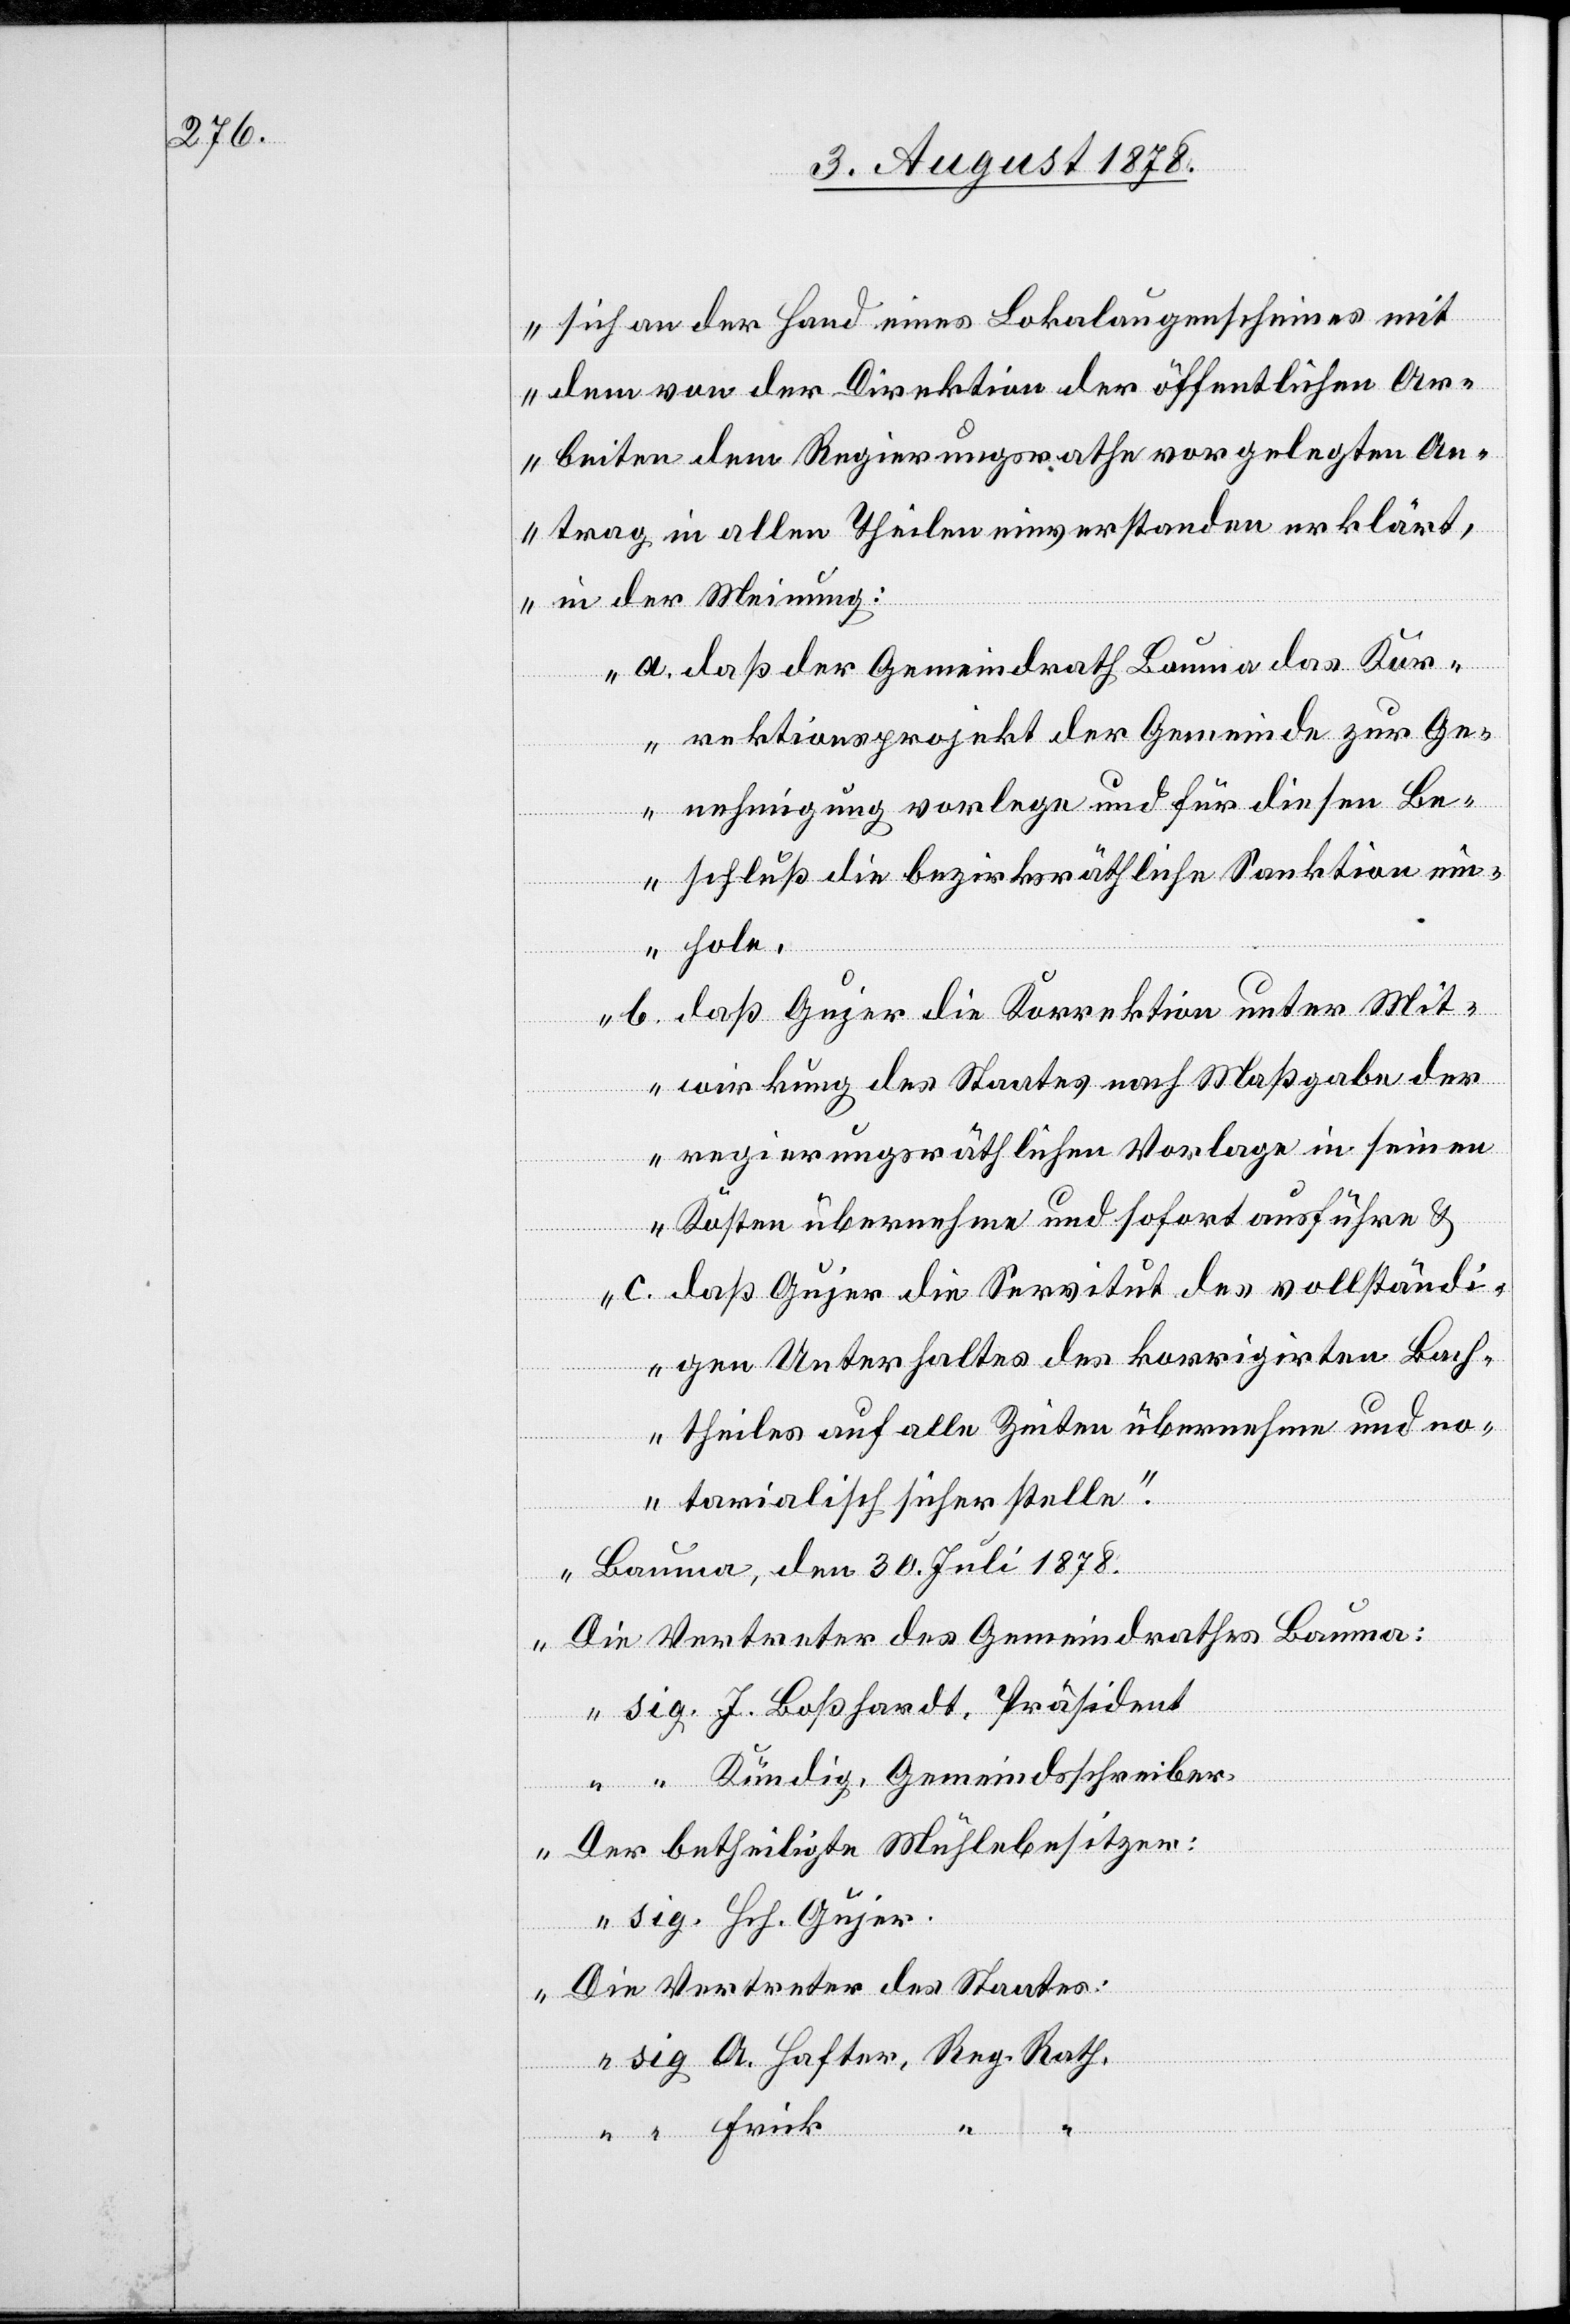
sich an der Hand eines Lokalaugenscheines mit
dem von der Direktion der öffentlichen Ar¬
beiten dem Regierungsrath vorgelegten An¬
trag in allen Theilen einverstanden erklärt,
in der Meinung:
a. daß der Gemeindrath Bauma das Kor¬
rektionsprojekt der Gemeinde zur Ge¬
nehmigung vorlege und für diesen Be¬
schluß die bezirksräthliche Sanktion ein¬
hole.
b. daß Gujer die Korrektion unter Mit¬
wirkung des Staates nach Maßgabe der
regierungsräthlichen Vorlage in seinen
Kosten übernehme und sofort ausführe &
c. daß Gujer die Servitut des vollständi¬
gen Unterhaltes des korrigirten Bach¬
theiles auf alle Zeiten übernehmen und no¬
tarialisch sicher stelle.
Bauma, den 30. Juli 1878.
Die Vertreter des Gemeindrathes Bauma:
sig. J. Boßhardt, Präsident
“ Kündig, Gemeindsschreiber.
Der betheiligte Mühlebesitzer:
sig. Hch. Gujer.
Die Vertreter des Staates:
sig. A. Hafter, Reg. Rath.
“ Frick “ “